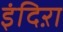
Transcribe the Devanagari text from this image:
इंदिऱा